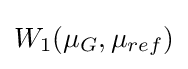
W_{1}(\mu _{G},\mu _{ref})